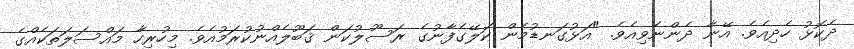
ދެކޮޅު ހެދިއެވެ. އޭނާ ދެންނެވިއެވެ. "އަޅުގަނޑުމެން ކަލޭގެފާނުގެ ރަސޫލުކަން ޤަބޫލެއްނުކުރަމުއެވެ. މިހުރިހާ މައްސަލަތަކެއްގެ